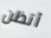
أتظن